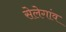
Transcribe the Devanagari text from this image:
सेलेगांव